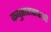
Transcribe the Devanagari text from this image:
कबुतारासारखी